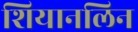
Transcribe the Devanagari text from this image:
शियानलिन